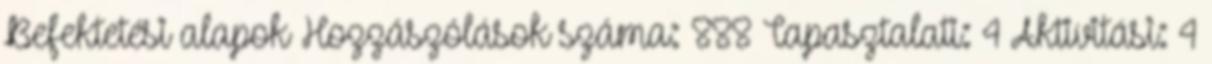
Befektetési alapok Hozzászólások száma: 888 Tapasztalati: 4 Aktivitási: 4